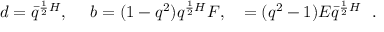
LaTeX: d = \bar { q } ^ { { \frac { 1 } { 2 } } H } , \ \ \ \ b = ( 1 - q ^ { 2 } ) q ^ { { \frac { 1 } { 2 } } H } F , \ \ \ \c = ( q ^ { 2 } - 1 ) E \bar { q } ^ { { \frac { 1 } { 2 } } H } \ \ .